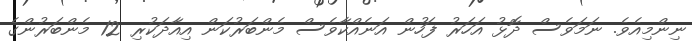
ނިންމިއެވެ. ނަމަވެސް ދޮޅު އަހަރު ފަހުން އަނެއްކާވެސް މެންބަރުކަން އިއާދަކުރި 12 މެންބަރުންގެ